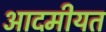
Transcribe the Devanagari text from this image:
आदमीयत